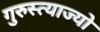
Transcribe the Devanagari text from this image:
गुरुस्त्याज्यो